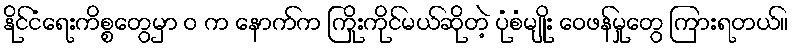
နိုင်ငံရေးကိစ္စတွေမှာ ဝ က နောက်က ကြိုးကိုင်မယ်ဆိုတဲ့ ပုံစံမျိုး ဝေဖန်မှုတွေ ကြားရတယ်။